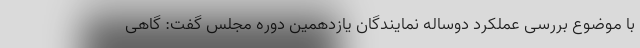
با موضوع بررسی عملکرد دوساله نمایندگان یازدهمین دوره مجلس گفت: گاهی